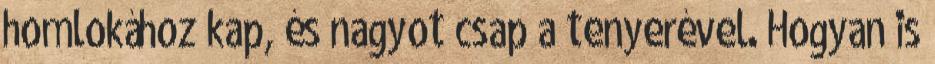
homlokához kap, és nagyot csap a tenyerével. Hogyan is